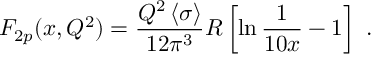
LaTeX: F _ { 2 p } ( x , Q ^ { 2 } ) = { \frac { Q ^ { 2 } \left< \sigma \right> } { 1 2 \pi ^ { 3 } } } R \left[ \ln { \frac { 1 } { 1 0 x } } - 1 \right] \ .